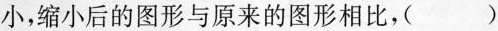
小，缩小后的图形与原来的图形相比，()